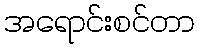
အရောင်းစင်တာ